[Report on the health of British troops in the Madras command]
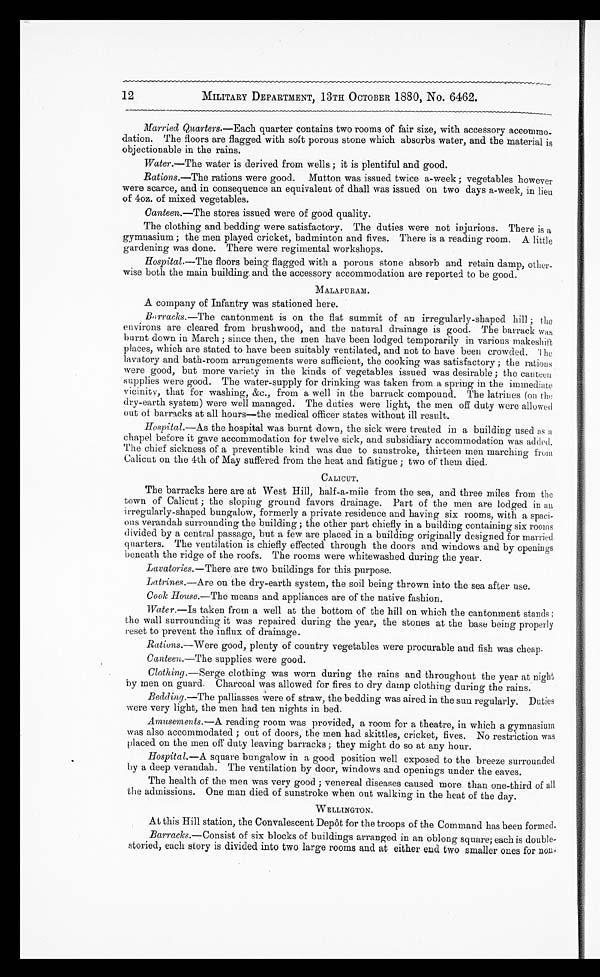
12
MILITARY DEPARTMENT, 13TH OCTOBER 1880, No. 6462.
Married Quarters.—Each quarter contains two rooms of fair size, with accessory accommo-
dation. The floors are flagged with soft porous stone which absorbs water, and the material is
objectionable in the rains.
Water.—The water is derived from wells ; it is plentiful and good.
Rations.—The rations were good. Mutton was issued twice a-week ; vegetables however
were scarce, and in consequence an equivalent of dhall was issued on two days a-week, in lieu
of 4oz. of mixed vegetables.
Canteen.—The stores issued were of good quality.
The clothing and bedding were satisfactory. The duties were not injurious. There is a
gymnasium ; the men played cricket, badminton and fives. There is a reading room. A little
gardening was done. There were regimental workshops.
Hospital.—The floors being flagged with a porous stone absorb and retain damp, other-
wise both the main building and the accessory accommodation are reported to be good.
MALAPURAM.
A company of Infantry was stationed here.
Barracks. —The cantonment is on the flat summit of an irregularly-shaped hill ; the
environs are cleared from brushwood, and the natural drainage is good. The barrack was
burnt down in March ; since then, the men have been lodged temporarily in various makeshift
places, which are stated to have been suitably ventilated, and not to have been crowded. The
lavatory and bath-room arrangements were sufficient, the cooking was satisfactory ; the rations
were good, but more variety in the kinds of vegetables issued was desirable ; the canteen
supplies were good. The water-supply for drinking was taken from a spring in the immediate
vicinity, that for washing, &c., from a well in the barrack compound. The latrines (on the
dry-earth system) were well managed. The duties were light, the men off duty were allowed
out of barracks at all hours—the medical officer states without ill result.
Hospital.—As the hospital was burnt down, the sick were treated in a building used as a
chapel before it gave accommodation for twelve sick, and subsidiary accommodation was added.
The chief sickness of a preventible kind was due to sunstroke, thirteen men marching from
Calicut on the 4th of May suffered from the heat and fatigue ; two of them died.
CALICUT.
The barracks here are at West Hill, half-a-mile from the sea, and three miles from the
town of Calicut ; the sloping ground favors drainage. Part of the men are lodged in an
irregularly-shaped bungalow, formerly a private residence and having six rooms, with a spaci-
ous verandah surrounding the building ; the other part chiefly in a building containing six rooms
divided by a central passage, but a few are placed in a building originally designed for married
quarters. The ventilation is chiefly effected through the doors and windows and by openings
beneath the ridge of the roofs. The rooms were whitewashed during the year.
Lavatories.— There are two buildings for this purpose.
Letrines.—Are on the dry-earth system, the soil being thrown into the sea after use.
Cook House.— The means and appliances are of the native fashion.
Water.— Is taken from a well at the bottom of the hill on which the cantonment stands ;
the wall surrounding it was repaired during the year, the stones at the base being properly
reset to prevent the influx of drainage.
Rations.—Were good, plenty of country vegetables were procurable and fish was cheap.
Canteen. —The supplies were good.
Clothing.— Serge clothing was worn during the rains and throughout the year at night
by men on guard. Charcoal was allowed for fires to dry damp clothing during the rains.
Bedding.—The palliasses were of straw, the bedding was aired in the sun regularly. Duties
were very light, the men had ten nights in bed.
Amusements. —A reading room was provided, a room for a theatre, in which a gymnasium
was also accommodated ; out of doors, the men had skittles, cricket, fives. No restriction was
placed on the men off duty leaving barracks ; they might do so at any hour.
Hospital.—A square bungalow in a good position well exposed to the breeze surrounded
by a deep verandah. The ventilation by door, windows and openings under the eaves.
The health of the men was very good ; venereal diseases caused more than one-third of all
the admissions. One man died of sunstroke when out walking in the heat of the day.
WELLINGTON.
At this Hill station, the Convalescent Depôt for the troops of the Command has been formed.
Barracks. —Consist of six blocks of buildings arranged in an oblong square; each is double-
storied, each story is divided into two large rooms and at either end two smaller ones for non-